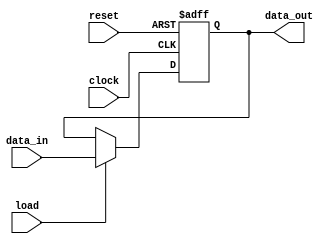
`timescale 1ns / 1ps
//////////////////////////////////////////////////////////////////////////////////
// Company: 
// Engineer: 
// 
// Design Name: 
// Module Name: register
// Project Name: 
// Target Devices: 
// Tool Versions: 
// Description: 
// 
// Dependencies: 
// 
// Revision:
// Revision 0.01 - File Created
// Additional Comments:
// 
//////////////////////////////////////////////////////////////////////////////////


module register
#(
    parameter WIDTH = 8
)
(
    input clock,
    input reset,
    input load,
    input [WIDTH - 1:0] data_in,
    output reg [WIDTH - 1:0] data_out
);
    always @ (posedge clock, negedge reset)
    begin
        if (~reset)
        begin
            data_out <= {WIDTH {1'b0}};
        end
        else if (load)
        begin
            data_out <= data_in;
        end
    end
endmodule